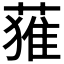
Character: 𮐴